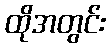
ထိုအတွင်း